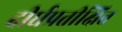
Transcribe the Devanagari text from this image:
दीर्घप्रतीक्षित